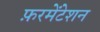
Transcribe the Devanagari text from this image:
फ़रमेंटेशन